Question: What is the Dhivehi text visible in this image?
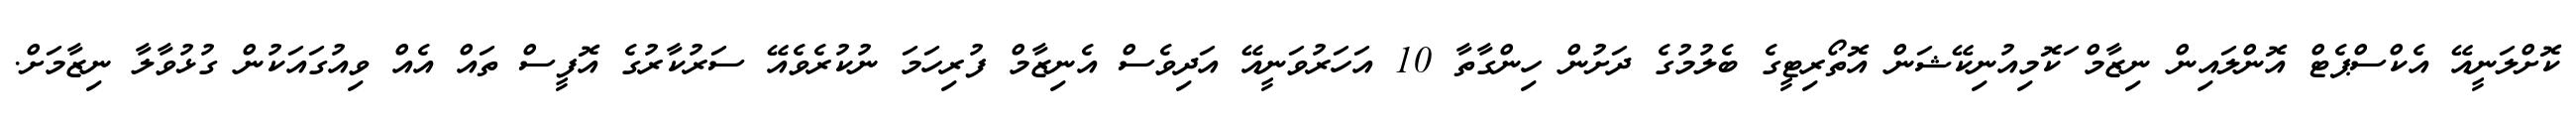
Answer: ކޮށްލަނީއޭ އެކްސްޕެޓް އޮންލައިން ނިޒާމް ަކޮމިއުނިކޭޝަން އޮތޯރިޓީގެ ބެލުމުގެ ދަށުން ހިންގާތާ 10 އަހަރުވަނީއޭ އަދިވެސް އެނިޒާމް ފުރިހަމަ ނުކުރެވެއޭ ސަރުކާރުގެ އޮފީސް ތައް އެއް ވިއުގައަކުން ގުޅުވާލާ ނިޒާމަށް.